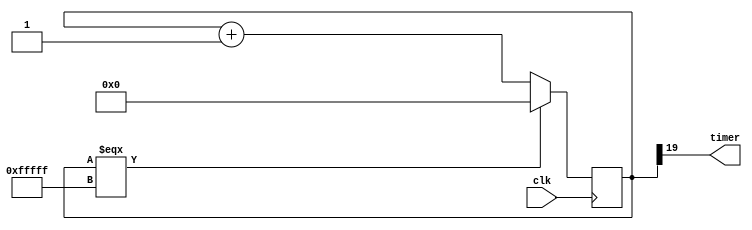
module time_counter
(
    input wire clk,
    output wire timer
);

    reg [19:0]cnt;
    assign timer = cnt[19];

    always @(posedge clk)
    begin
        cnt <= (cnt === {20{1'b1}}) ? 20'h0 : cnt + 20'h1;
    end

endmodule